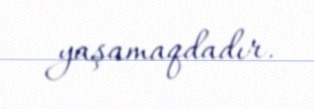
yaşamaqdadır.